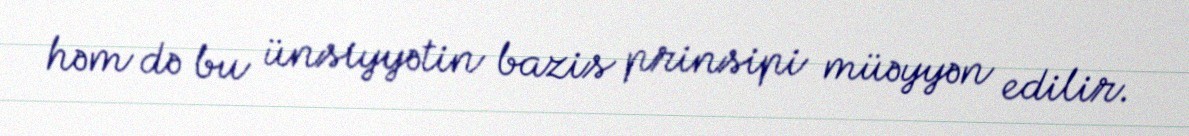
həm də bu ünsiyyətin bazis prinsipi müəyyən edilir.